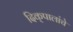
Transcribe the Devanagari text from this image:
दिक्‌पालांचे